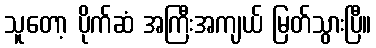
သူတော့ ပိုက်ဆံ အကြီးအကျယ် မြတ်သွားပြီ။